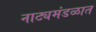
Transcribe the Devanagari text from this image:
नाट्यमंडळात